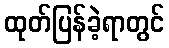
ထုတ်ပြန်ခဲ့ရာတွင်